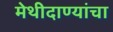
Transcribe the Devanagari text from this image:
मेथीदाण्यांचा